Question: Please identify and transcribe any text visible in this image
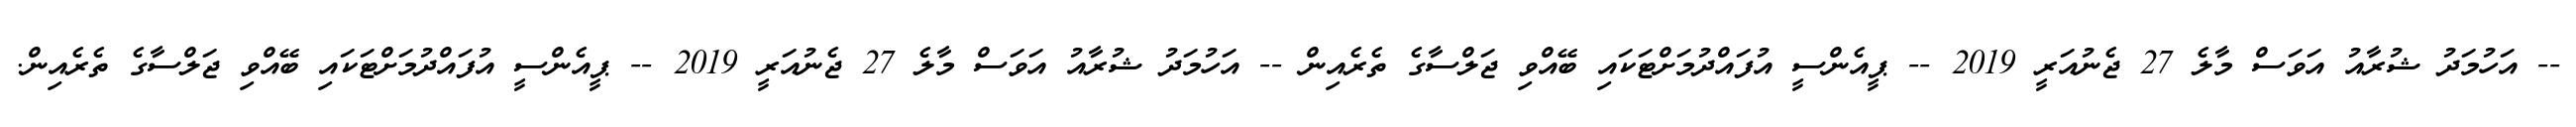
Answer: -- އަހުމަދު ޝުރާއު އަވަސް މާލެ 27 ޖެނުއަރީ 2019 -- ޕީއެންސީ އުފައްދުމަށްޓަކައި ބޭއްވި ޖަލްސާގެ ތެރެއިން -- އަހުމަދު ޝުރާއު އަވަސް މާލެ 27 ޖެނުއަރީ 2019 -- ޕީއެންސީ އުފައްދުމަށްޓަކައި ބޭއްވި ޖަލްސާގެ ތެރެއިން.